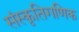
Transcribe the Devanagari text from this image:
संस्कृतिगणिक